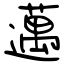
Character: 邁